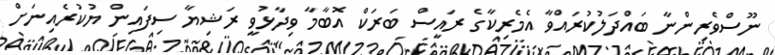
ނޫސްވެރިންނާ ބައްދަލުކުރައްވާ އެމެރިކާގެ ރައީސް ބަރަކް އޮބާމާ ވިދާޅުވީ ރަޝިޔާ ސިފައިން ޔުކުރެއިނަށް